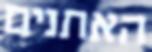
האתנים